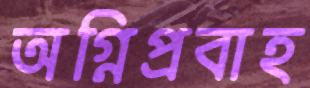
অগ্নিপ্রবাহ